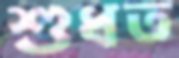
শুধত